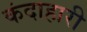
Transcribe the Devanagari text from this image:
कंदाहारी